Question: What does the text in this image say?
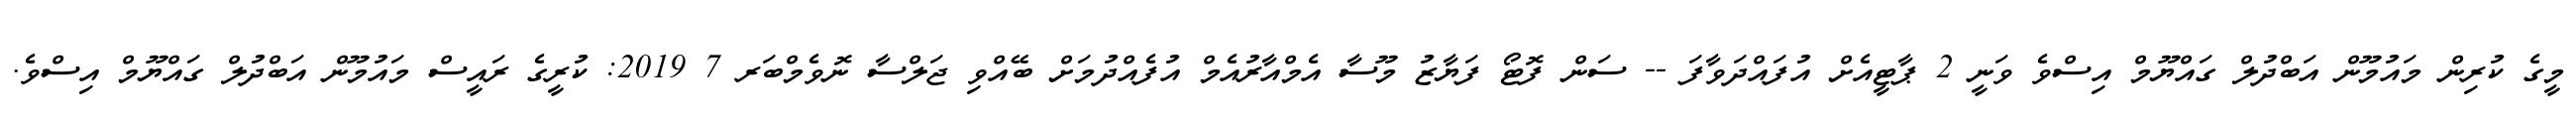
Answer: މީގެ ކުރިން މައުމޫން އަބްދުލް ގައްޔޫމް އިސްވެ ވަނީ 2 ޕާޓީއެށް އުފައްދަވާފަ -- ސަން ފޮޓޯ ފަޔާޒު މޫސާ އެމްއާރުއެމް އުފެއްދުމަށް ބޭއްވި ޖަލްސާ ނޮވެމްބަރ 7 2019: ކުރީގެ ރައީސް މައުމޫން އަބްދުލް ގައްޔޫމް އިސްވެ.